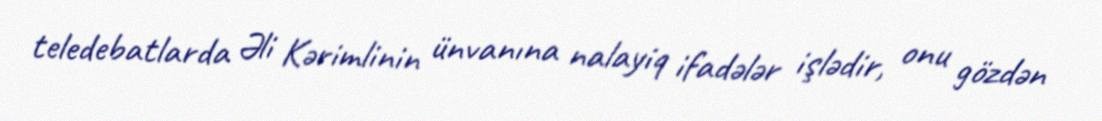
teledebatlarda Əli Kərimlinin ünvanına nalayiq ifadələr işlədir, onu gözdən